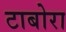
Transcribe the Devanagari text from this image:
टाबोरा